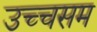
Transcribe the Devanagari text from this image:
उच्चसम